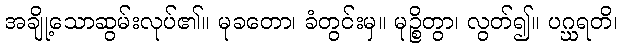
အချို့သောဆွမ်းလုပ်၏။ မုခတော၊ ခံတွင်းမှ။ မုဉ္စိတွာ၊ လွတ်၍။ ပဂ္ဃရတိ၊